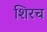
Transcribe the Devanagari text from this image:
शिरच